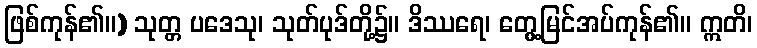
ဖြစ်ကုန်၏။) သုတ္တ ပဒေသု၊ သုတ်ပုဒ်တို့၌။ ဒိဿရေ၊ တွေ့မြင်အပ်ကုန်၏။ ဣတိ၊